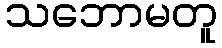
သဘောမတူ